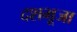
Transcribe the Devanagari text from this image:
दशभूजा